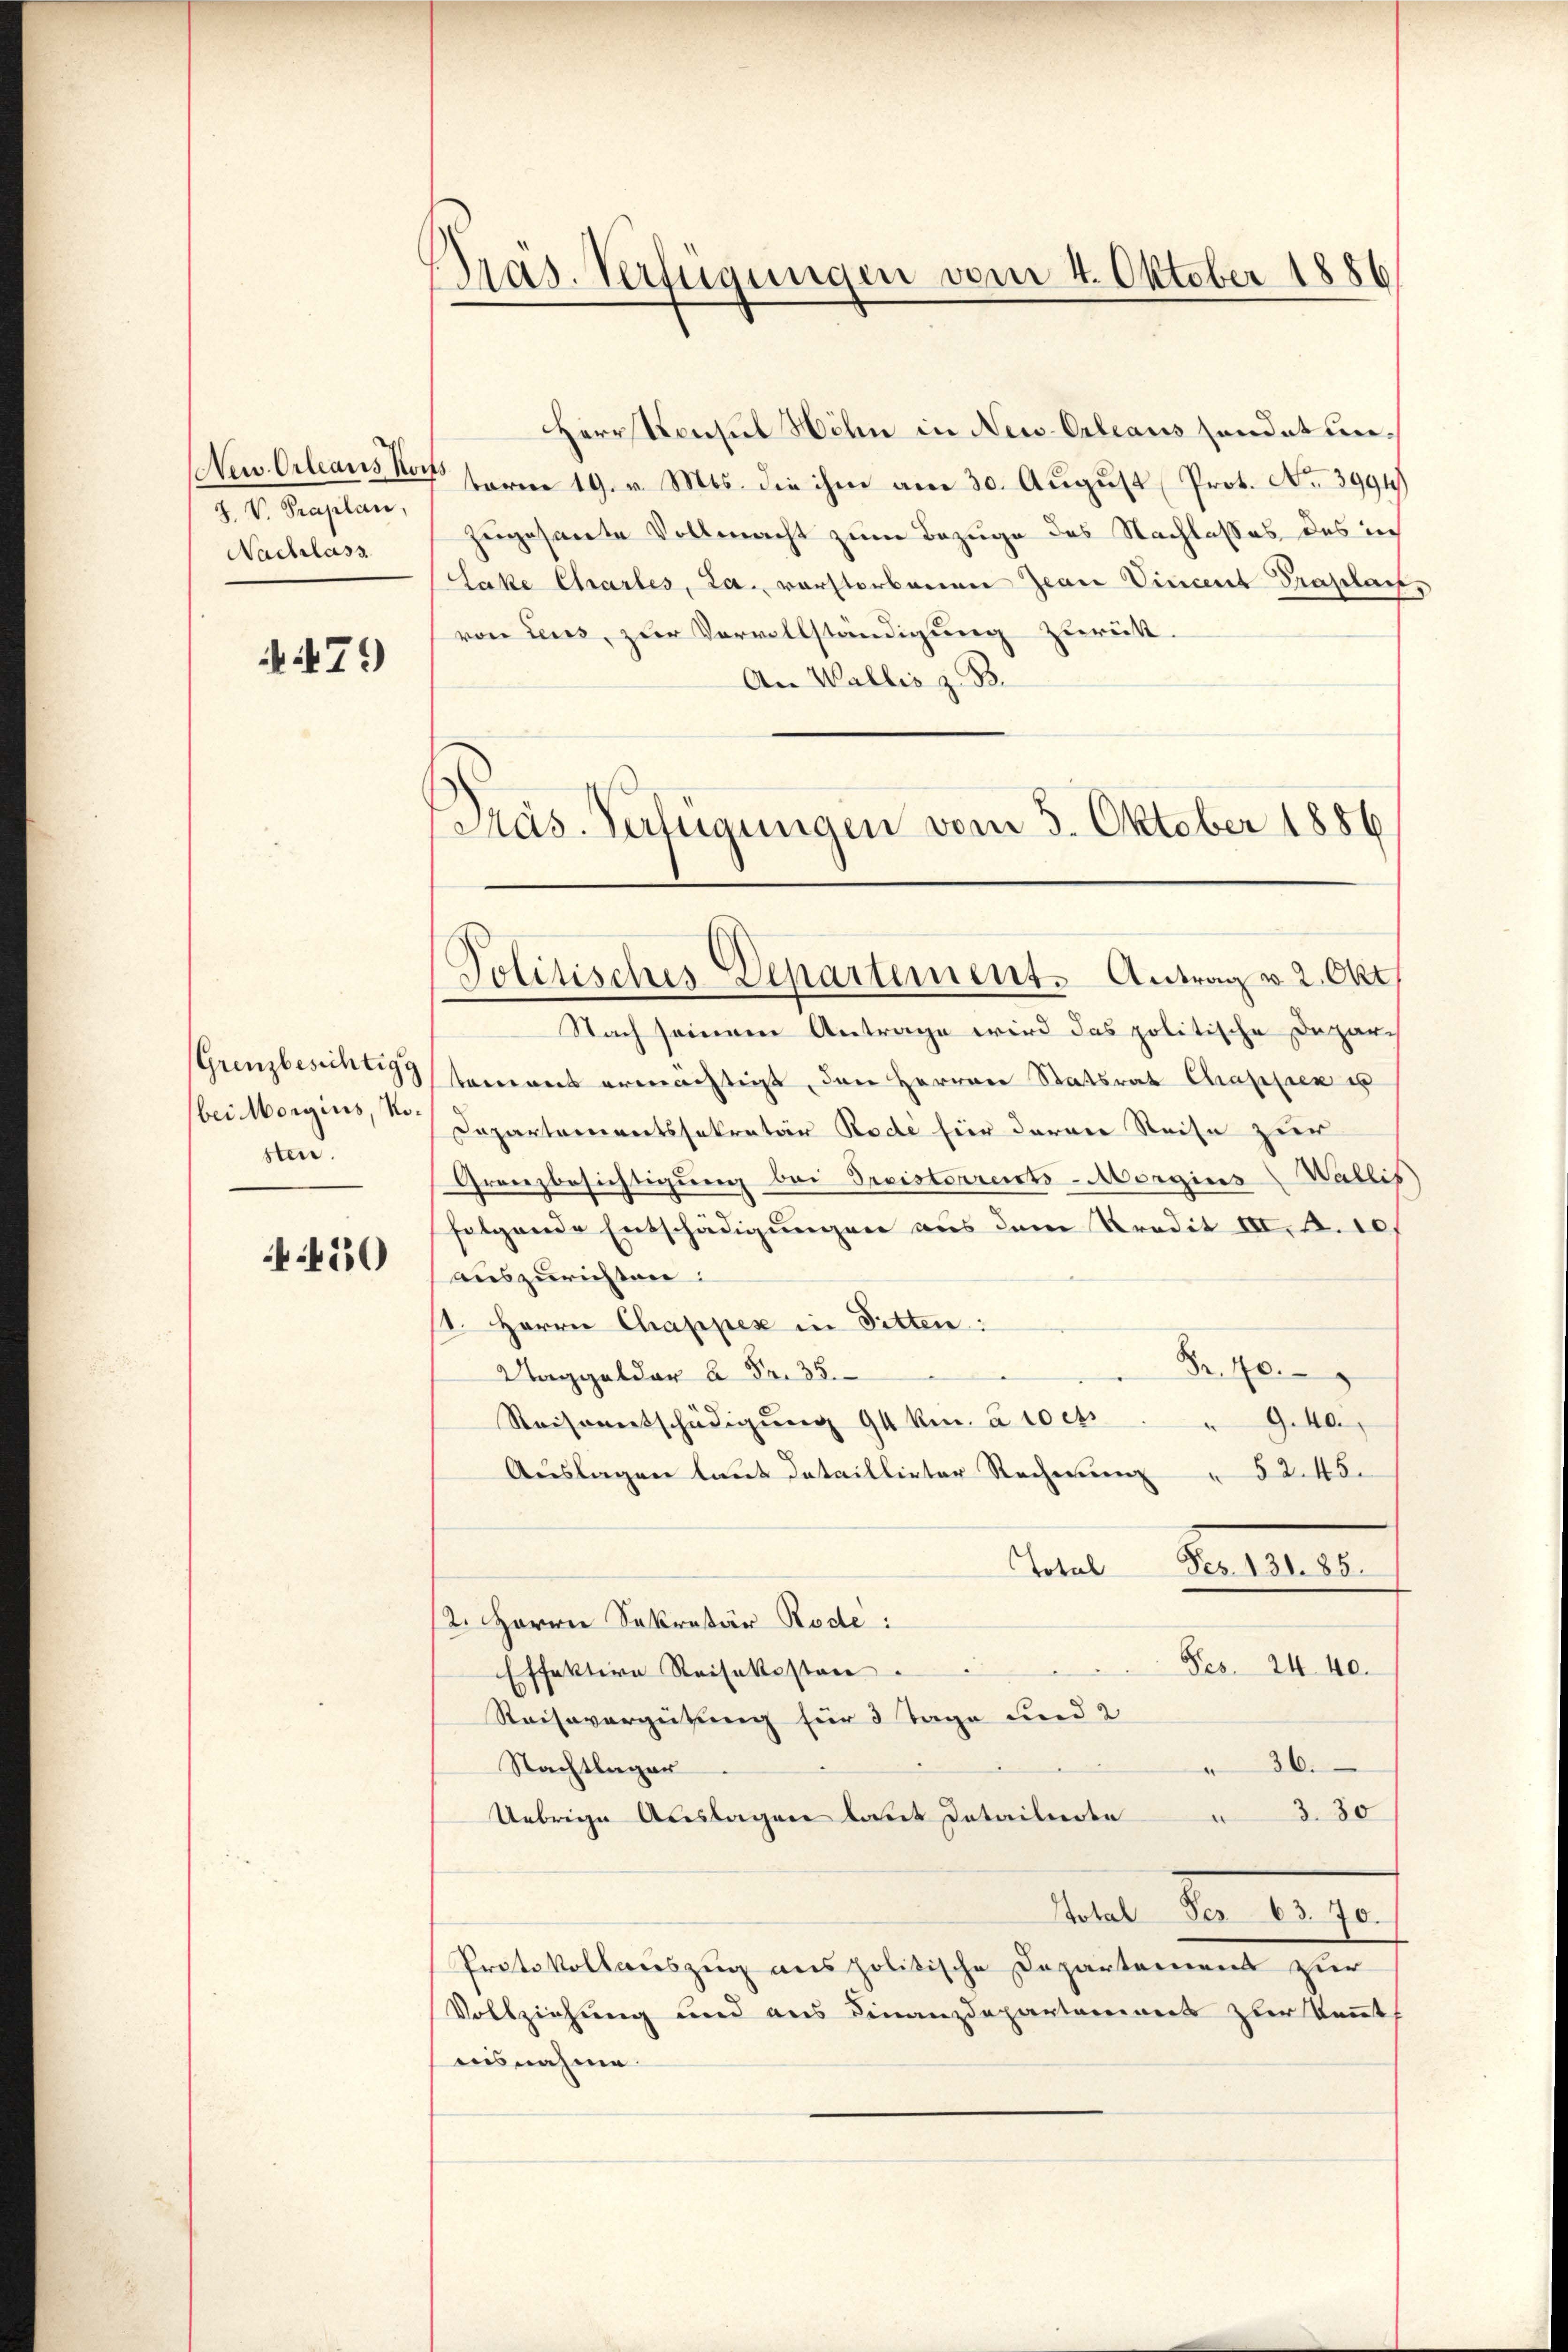
Z. V. Praplan,
Nachlass

79)

Grenzbesichtigg
bei Morgins, Kosten.

450

Präs. Verfügungen vom 4. Oktober 1886

Herr Konsul Höhn in New-Orleans sendet un¬
Neu Orleans Konferm 19. v. Mts. die ihm am 30. August Prot. No. 3994)
zugesante Vollmacht zum Bezuge des Nachlasses des ich
lake Chartes, La., vorstorbenen Jean Vincent Praplan,
von Leus, zur Vervollständigung zurück.
An Wallis z. B.
Präs.-Verfügungen vom 3. Oktober 1886

Politisches Departement. Antrag v. 2. Okt.

Nach seinem Antrage wird das politische Daparch
tement ermächtigt, den Herren Statsrat Chrapsack es
Dapartementssekretär Rode hier daran Reise zur
Granzbesichtigung bei Preisterrents-Morgins Wallis
folgende Entschädigungen aus dem Predit III. d. 10.
auszurichten:
11. Herrn Chappex in Sitten:
Fr. 10.
Waggelder A. Fr. 35.
9.40.
Reiseentschädigung 94 km. à 10 cts
Auslagen laut dataillirter Rechnung " 5245.
Total
S. 1
12. Herrn Sekretär Rode:
Ses. 24. 40.
Effektive Reisekosten.
Reisevergütung für 3 Tage und 2
36.
Nachtlager
3.80
Uebrige Auslagen laut Datailerte
tel der let
Protokollauszug aus politische Departemens zur
Vollziehung und aus Finanzdepartaminers zur Kennt
ausnahme